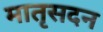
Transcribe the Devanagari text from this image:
मातृसदन